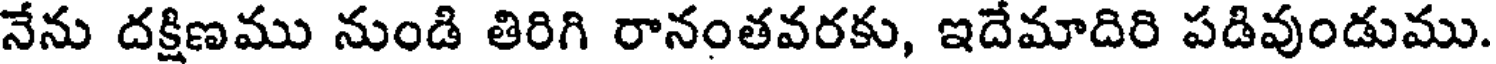
నేను దక్షిణము నుండి తిరిగి రానంతవరకు, ఇదేమాదిరి పడివుండుము.